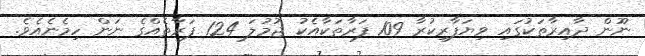
ނޫން ދާއިރާތަކުގައި ވިޔަފާރިކުރާ 109 ފަރާތަކާއެކު ޖުމުލަ 124 ފަރާތެއްގެ ނަން ހިމެނެއެވެ.